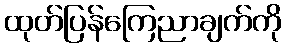
ထုတ်ပြန်ကြေညာချက်ကို